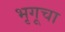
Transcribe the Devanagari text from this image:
भृगूचा